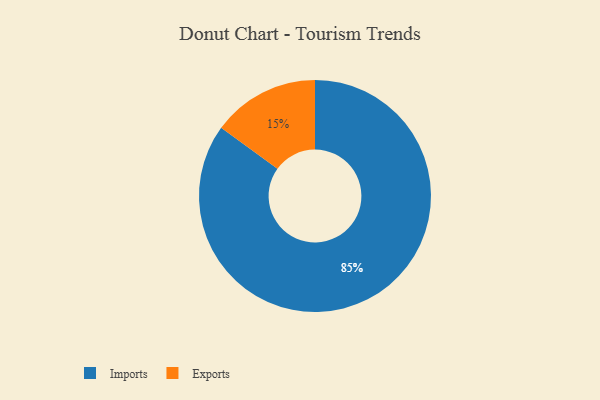
{"axis": {"x": "Category", "y": "Percentage"}, "legend": ["Exports", "Imports"], "data": [{"x": "Imports", "y": 85, "type": "Imports"}, {"x": "Exports", "y": 15, "type": "Exports"}]}